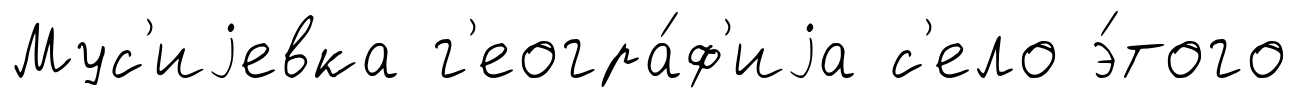
Мус'иjевка г'еогра́ф'иjа с'ело э́того